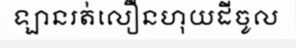
ឡានរត់លឿនហុយដីចូល